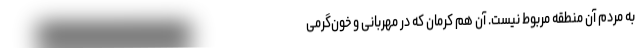
به مردم آن منطقه مربوط نیست. آن هم کرمان که در مهربانی و خون‌گرمی